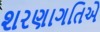
શરણાગતિએ